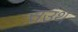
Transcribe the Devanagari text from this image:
सउथ